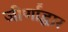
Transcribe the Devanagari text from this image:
जीर्णॉद्धार